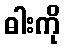
ဓါးကို